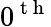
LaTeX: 0^{\mathrm{~t~h~}}